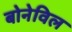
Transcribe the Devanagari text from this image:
बोनेविल